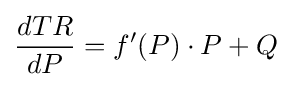
{\frac {dTR}{dP}}=f'(P)\cdot P+Q